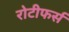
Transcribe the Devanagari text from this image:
रोटीफर्स